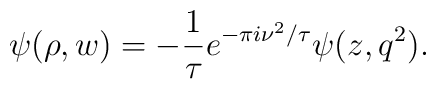
\psi(\rho,w) = -{1\over\tau}e^{-\pi i\nu^2/\tau}\psi(z,q^2).